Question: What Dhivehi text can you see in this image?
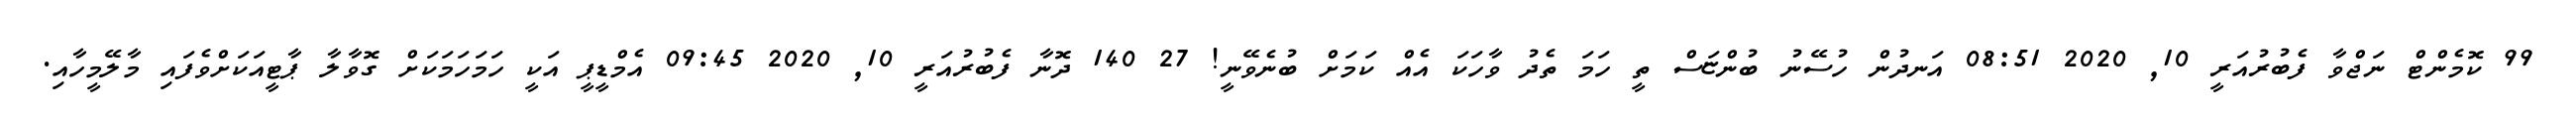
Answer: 99 ކޮމެންޓް ނަޖްވާ ފެބުރުއަރީ 10, 2020 08:51 އަނދުން ހުސޭނު ބުންޏަސް ތީ ހަމަ ތެދު ވާހަކަ އެއް ކަމަށް ބުނެވޭނީ! 27 140 ދޮނާ ފެބުރުއަރީ 10, 2020 09:45 އެމްޑީޕީ އަކީ ހަމަހަމަކަށް ގޮވާލާ ޕާޓީއަކަށްވެފައި މާލޭމީހާއި.